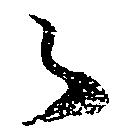
々